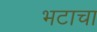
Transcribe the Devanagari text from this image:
भटाचा